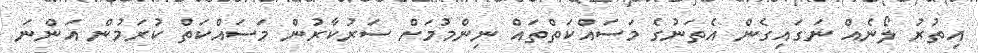
އިތުރު ލޯނެއް ނަގައިގެން އެތަނުގެ މަސައްކަތްތައް ނިންމުމަށް ސަރުކާރުން މަސައްކަތް ކުރަމުން އަންނަ